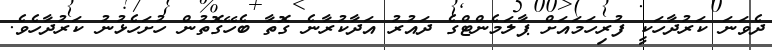
ދެވަނަ ކަރުދާހަކީ ފުރިހަމައަށް ޕާލަމެންޓްގެ ދައުރު އަދާކުރާނެ ގޮތާ ބެހޭގޮތުން ހުށަހެޅުނު ކަރުދާހެވެ.